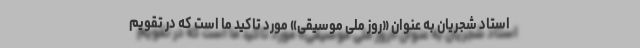
استاد شجریان به عنوان «روز ملی موسیقی» مورد تاکید ما است که در تقویم